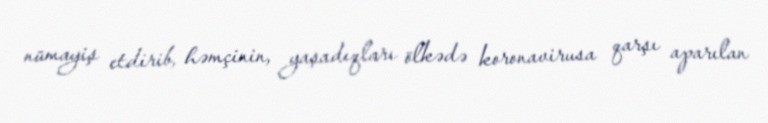
nümayiş etdirib, həmçinin, yaşadıqları ölkədə koronavirusa qarşı aparılan